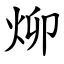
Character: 㶯